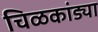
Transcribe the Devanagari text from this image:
चिळकांड्या